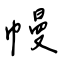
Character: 幔